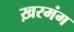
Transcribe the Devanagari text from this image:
ख़रमंग